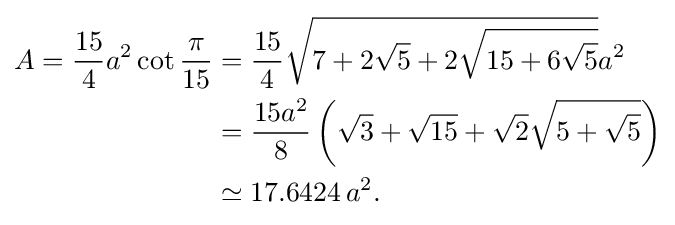
{\begin{aligned}A={\frac {15}{4}}a^{2}\cot {\frac {\pi }{15}}&={\frac {15}{4}}{\sqrt {7+2{\sqrt {5}}+2{\sqrt {15+6{\sqrt {5}}}}}}a^{2}\\&={\frac {15a^{2}}{8}}\left({\sqrt {3}}+{\sqrt {15}}+{\sqrt {2}}{\sqrt {5+{\sqrt {5}}}}\right)\\&\simeq 17.6424\,a^{2}.\end{aligned}}